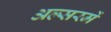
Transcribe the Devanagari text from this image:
अल्सरमें